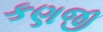
કણજી